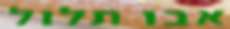
אבו תלול